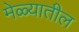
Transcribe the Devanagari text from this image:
मेळ्यातील